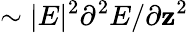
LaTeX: \sim|E|^{2}\partial^{2}E/\partial\mathbf{z}^{2}